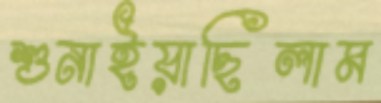
শুনাইয়াছিলাম